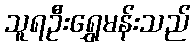
သူရဦးရွှေမန်းသည်